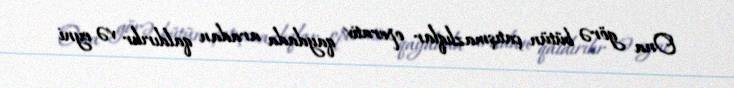
Ona görə bütün çatışmazlıqlar operativ qaydada aradan qaldırılır və eyni